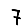
Digit: 7